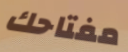
مفتاحك